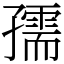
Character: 孺